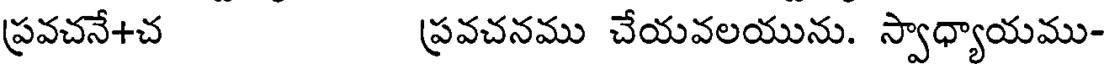
ప్రవచనే+చ ప్రవచనము చేయవలయును. స్వాధ్యాయము-